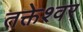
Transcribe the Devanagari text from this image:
तक्तेश्वर